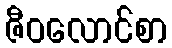
ဇီဝလောင်စာ